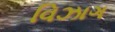
વિઝાગ